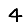
Digit: 4